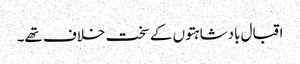
اقبال بادشاہتوں کے سخت خلاف تھے۔